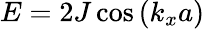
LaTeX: E=2J\cos{(k_{x}a)}